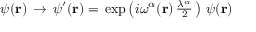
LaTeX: { \psi } ( { \bf { r } } ) \, \rightarrow \, \psi ^ { \prime } ( { \bf { r } } ) = \, \exp \left( i \omega ^ { \alpha } ( { \bf { r } } ) \, { \textstyle \frac { \lambda ^ { \alpha } } { 2 } } \, \right) \, \psi ( { \bf { r } } ) \;